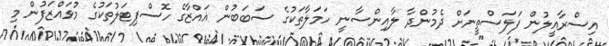
އިސްރާއީލުން ފަލަސްތީނަށް ދެމުންދާ ލާއިންސާނީ ހަމަލާތަކުގެ ސަބަބުން ޣައްޒާގެ ހޮސްޕިޓަލުތަކުގެ މުވައްޒަފުން މި